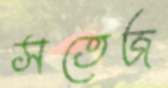
সতেজ